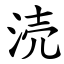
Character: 涜